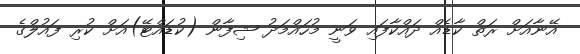
އޭނާއަށް ރަތް ކާޑެއް ދައްކާފައި ވަނީ މުހައްމަދު ޝިފާން (ކުޑައްޓޭ)އަށް ކުރި ފައުލްގެ